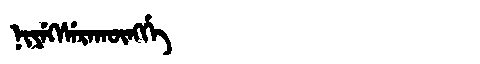
Manchu: ᠨᡳᠶᡝᡴᠰᡝᡵᠠᡴᡡᠩᡤᡝ
Romanization: NIYEKSERAKŪNGGE